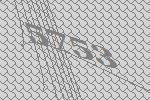
5753